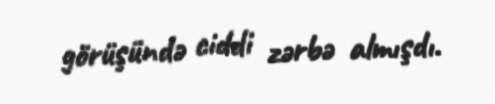
görüşündə ciddi zərbə almışdı.